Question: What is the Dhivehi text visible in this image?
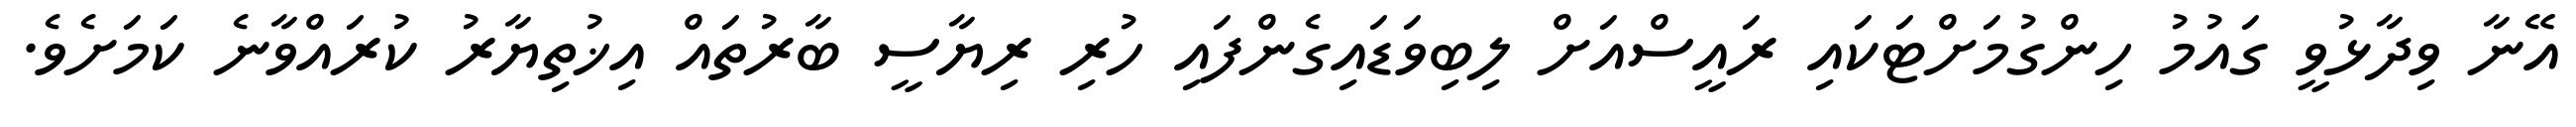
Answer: އޭނާ ވިދާޅުވީ ގައުމު ހިންގުމަށްޓަކައި ރައީސްއަށް ލިބިވަޑައިގެންފައި ހުރި ރިޔާސީ ބާރުތައް އިޚުތިޔާރު ކުރައްވާނެ ކަމަށެވެ.